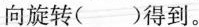
向旋转()得到。